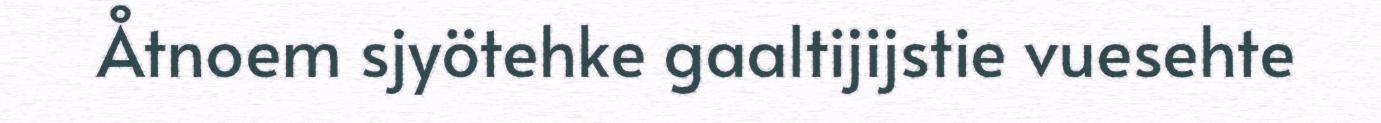
Åtnoem sjyötehke gaaltijijstie vuesehte